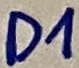
Text: D1